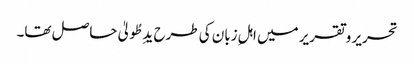
تحریر و تقریر میں اہلِ زبان کی طرح یدِ طُولیٰ حاصل تھا۔